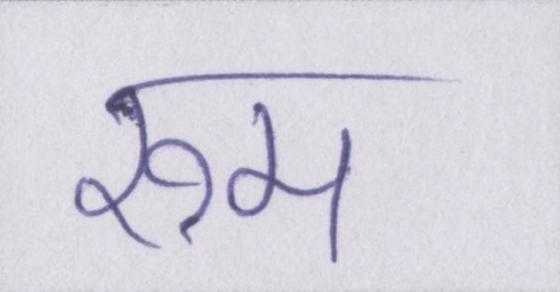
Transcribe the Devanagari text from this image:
रूम